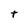
Character: t